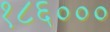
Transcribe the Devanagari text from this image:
१८६०००